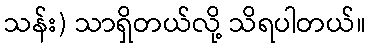
သန်း) သာရှိတယ်လို့ သိရပါတယ်။